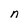
Character: n